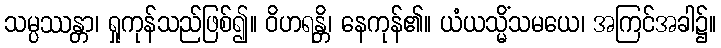
သမ္ပဿန္တာ၊ ရှုကုန်သည်ဖြစ်၍။ ဝိဟရန္တိ၊ နေကုန်၏။ ယံယသ္မိံသမယေ၊ အကြင်အခါ၌။